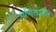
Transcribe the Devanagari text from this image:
गणितज्ञोंने